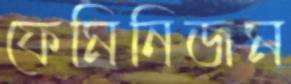
ফেমিনিজম